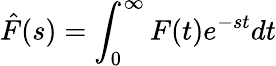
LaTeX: \hat{F}(s)=\int_{0}^{\infty}F(t)e^{-st}dt